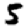
Digit: 5